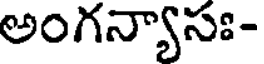
అంగన్యాసః-